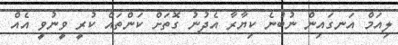
ލިއަމް އަނގައިން ނުބުނެ ކިޔާރާ އެދުނު ގޮތަށް ކަންތައް ކުރީ ވީނުވީ އެއް